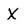
Character: X